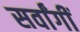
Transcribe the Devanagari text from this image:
सर्वांगीं